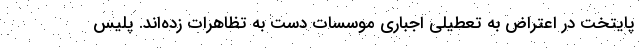
پایتخت در اعتراض به تعطیلی اجباری موسسات دست به تظاهرات زده‌اند. پلیس